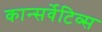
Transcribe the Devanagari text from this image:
कान्सर्वेटिव्स